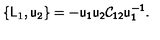
\{ \mathsf { L } _ { 1 } , \mathsf { u } _ { 2 } \} = - \mathsf { u _ { 1 } u _ { 2 } \mathcal { C } _ { 1 2 } u _ { 1 } ^ { - 1 } } .